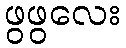
ဖွဖွလေး